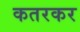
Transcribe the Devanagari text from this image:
कतरकर